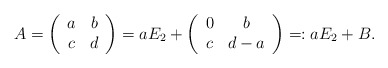
\begin{align*}A=\left(\begin{array}{cc}a&b \\c&d \\\end{array}\right)=aE_2+\left(\begin{array}{cc}0&b \\c&d-a \\\end{array}\right)=:aE_2+B.\end{align*}